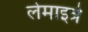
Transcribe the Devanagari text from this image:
लेमाइत्रे